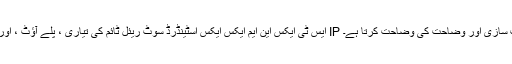
SMPTE ایس ٹی ایکس این ایم ایکس ایکس اسٹینڈرڈ سوٹ ریئل ٹائم کی تیاری ، پلے آؤٹ ، اور دیگر پیشہ ور میڈیا ایپلی کیشنز کے ل IP الگ الگ ابتدائی جوہر اسٹریمز کی گاڑیاں ، ہم وقت سازی اور وضاحت کی وضاحت کرتا ہے۔